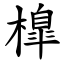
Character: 橰